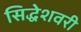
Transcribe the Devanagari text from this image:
सिद्धेशवरी